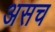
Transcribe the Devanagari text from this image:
असच